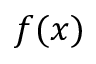
f ( x )